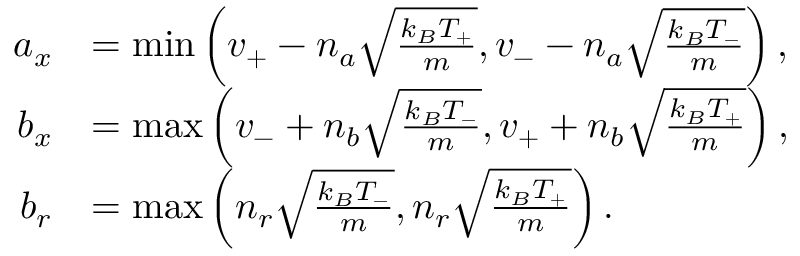
\begin{array} { r l } { a _ { x } } & { = \operatorname* { m i n } \left( v _ { + } - n _ { a } \sqrt { \frac { k _ { B } T _ { + } } { m } } , v _ { - } - n _ { a } \sqrt { \frac { k _ { B } T _ { - } } { m } } \right) , } \\ { b _ { x } } & { = \operatorname* { m a x } \left( v _ { - } + n _ { b } \sqrt { \frac { k _ { B } T _ { - } } { m } } , v _ { + } + n _ { b } \sqrt { \frac { k _ { B } T _ { + } } { m } } \right) , } \\ { b _ { r } } & { = \operatorname* { m a x } \left( n _ { r } \sqrt { \frac { k _ { B } T _ { - } } { m } } , n _ { r } \sqrt { \frac { k _ { B } T _ { + } } { m } } \right) . } \end{array}